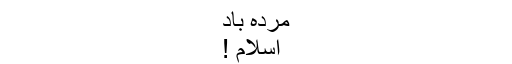
مردہ باد
اسلام !